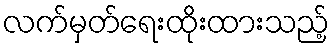
လက်မှတ်ရေးထိုးထားသည့်